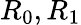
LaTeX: R_{0},R_{1}